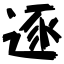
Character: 逐